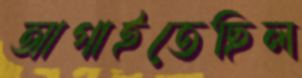
আগাইতেছিল